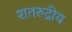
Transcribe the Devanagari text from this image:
शतरुद्रीय